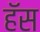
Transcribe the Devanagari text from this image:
हॅस